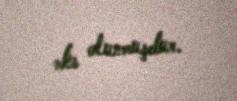
əks olunmuşdur.